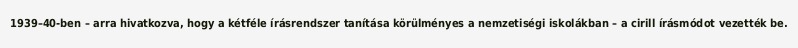
1939–40-ben – arra hivatkozva, hogy a kétféle írásrendszer tanítása körülményes a nemzetiségi iskolákban – a cirill írásmódot vezették be.